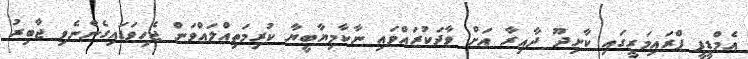
އެމްޑީޕީ ޕްރައިމަރީގައި ކާށިދޫ ދާއިރާ އަށް ވާދަކުރައްވައި ނާކާމިޔާބީޔާ ކުރިމަތިއްލައްވަން ޖެހިވަޑައިގެންނެވި ޖާބިރު